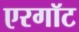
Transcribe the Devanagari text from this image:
एरगॉट